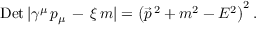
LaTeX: \mathrm { D e t \, } | \gamma ^ { \mu } \, p _ { \mu } \, - \, \xi \, m | = \left( { \vec { p } } ^ { \, 2 } + m ^ { 2 } - E ^ { 2 } \right) ^ { 2 } .